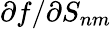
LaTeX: \partial f/\partial S_{nm}